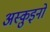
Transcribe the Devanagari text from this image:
अस्क़ुइनो